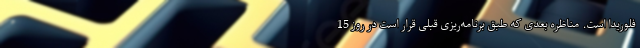
فلوریدا است. مناظره بعدی که طبق برنامه‌ریزی قبلی قرار است در روز 15